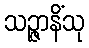
သဉ္ဇာနိံသု